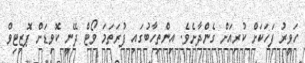
ހަވީރު ފަހަކަށް ކުރިއަށް ގެންދާށެވެ. އިންތިހާބުގައި ފުރަތަމަ ވޯޓް ދޭނީ ކޮވިޑަށް ޕޮޒިޓިވް